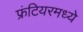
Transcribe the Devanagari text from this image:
फ्रंटियरमध्ये